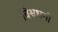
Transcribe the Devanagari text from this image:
विश्वधर्म।